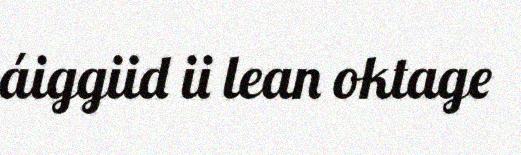
áiggiid ii lean oktage